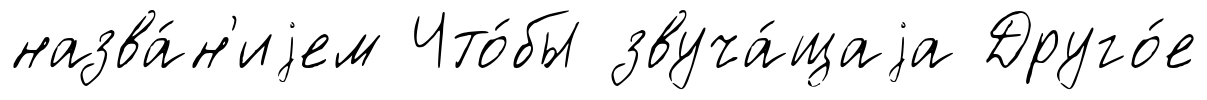
назва́н'иjем Что́бы звуча́щаjа Друго́е